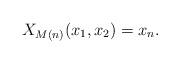
LaTeX: \begin{align*} X_{M(n)}(x_1, x_2) = x_n.\end{align*}